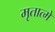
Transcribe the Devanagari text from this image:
मृतात्मे